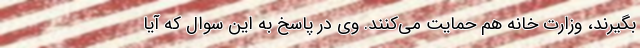
بگیرند، وزارت خانه هم حمایت می‌کنند. وی در پاسخ به این سوال که آیا